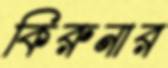
কিরুনার